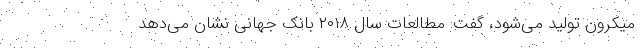
میکرون تولید می‌شود، گفت: مطالعات سال ۲۰۱۸ بانک جهانی نشان می‌دهد